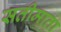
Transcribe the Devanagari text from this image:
सतीमाता